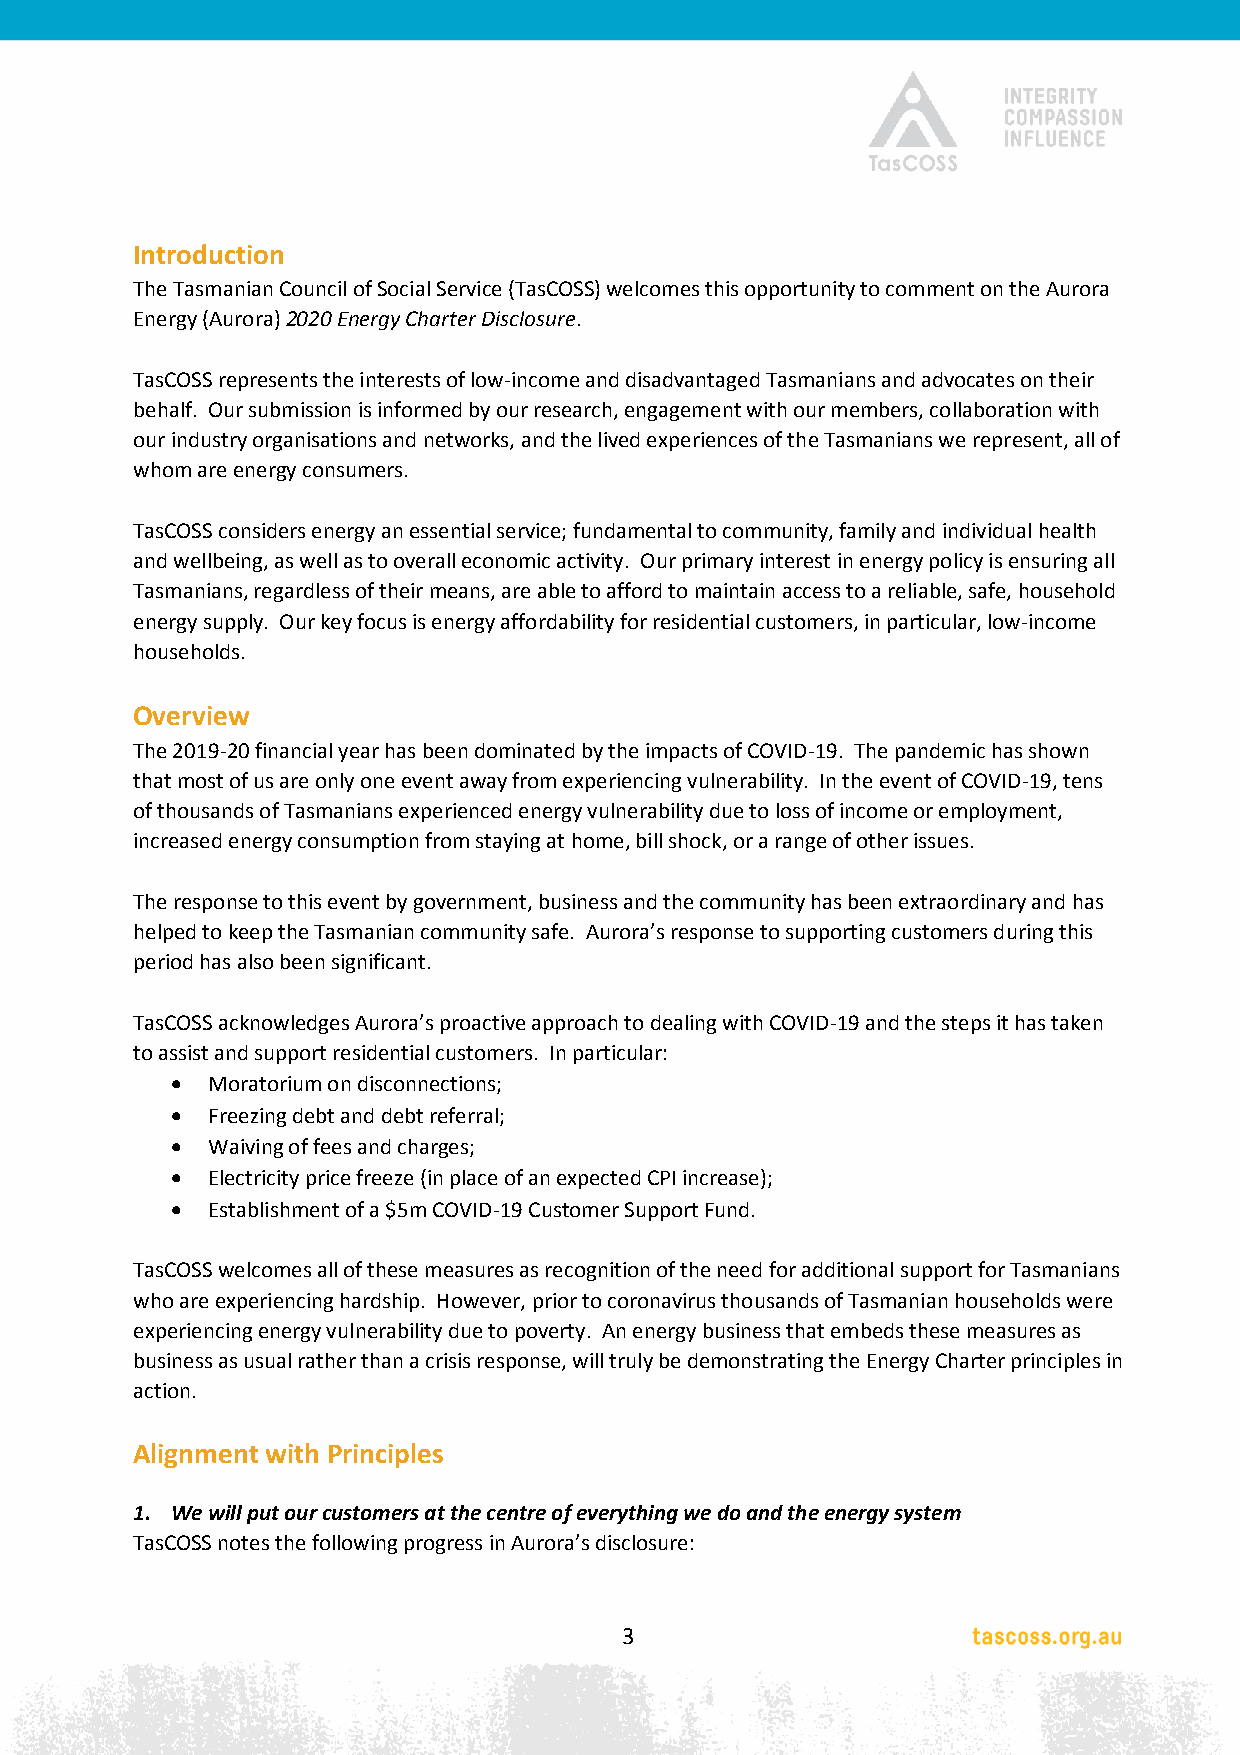
Introduction
 The Tasmanian Council of Social Service (TasCOSS) welcomes this opportunity to comment on the Aurora
 Energy (Aurora) 2020 Energy Charter Disclosure.
 TasCOSS represents the interests of low-income and disadvantaged Tasmanians and advocates on their
 behalf. Our submission is informed by our research, engagement with our members, collaboration with
 our industry organisations and networks, and the lived experiences of the Tasmanians we represent, all of
 whom are energy consumers.
 TasCOSS considers energy an essential service; fundamental to community, family and individual health
 and wellbeing, as well as to overall economic activity. Our primary interest in energy policy is ensuring all
 Tasmanians, regardless of their means, are able to afford to maintain access to a reliable, safe, household
 energy supply. Our key focus is energy affordability for residential customers, in particular, low-income
 households.
 Overview
 The 2019-20 financial year has been dominated by the impacts of COVID-19. The pandemic has shown
 that most of us are only one event away from experiencing vulnerability. In the event of COVID-19, tens
 of thousands of Tasmanians experienced energy vulnerability due to loss of income or employment,
 increased energy consumption from staying at home, bill shock, or a range of other issues.
 The response to this event by government, business and the community has been extraordinary and has
 helped to keep the Tasmanian community safe. Aurora’s response to supporting customers during this
 period has also been significant.
 TasCOSS acknowledges Aurora’s proactive approach to dealing with COVID-19 and the steps it has taken
 to assist and support residential customers. In particular:
   Moratorium on disconnections;
   Freezing debt and debt referral;
   Waiving of fees and charges;
   Electricity price freeze (in place of an expected CPI increase);
   Establishment of a $5m COVID-19 Customer Support Fund.
 TasCOSS welcomes all of these measures as recognition of the need for additional support for Tasmanians
 who are experiencing hardship. However, prior to coronavirus thousands of Tasmanian households were
 experiencing energy vulnerability due to poverty. An energy business that embeds these measures as
 business as usual rather than a crisis response, will truly be demonstrating the Energy Charter principles in
 action.
 Alignment with Principles
 1. We will put our customers at the centre of everything we do and the energy system
 TasCOSS notes the following progress in Aurora’s disclosure:
 3